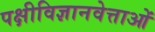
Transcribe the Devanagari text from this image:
पक्षीविज्ञानवेत्ताओं